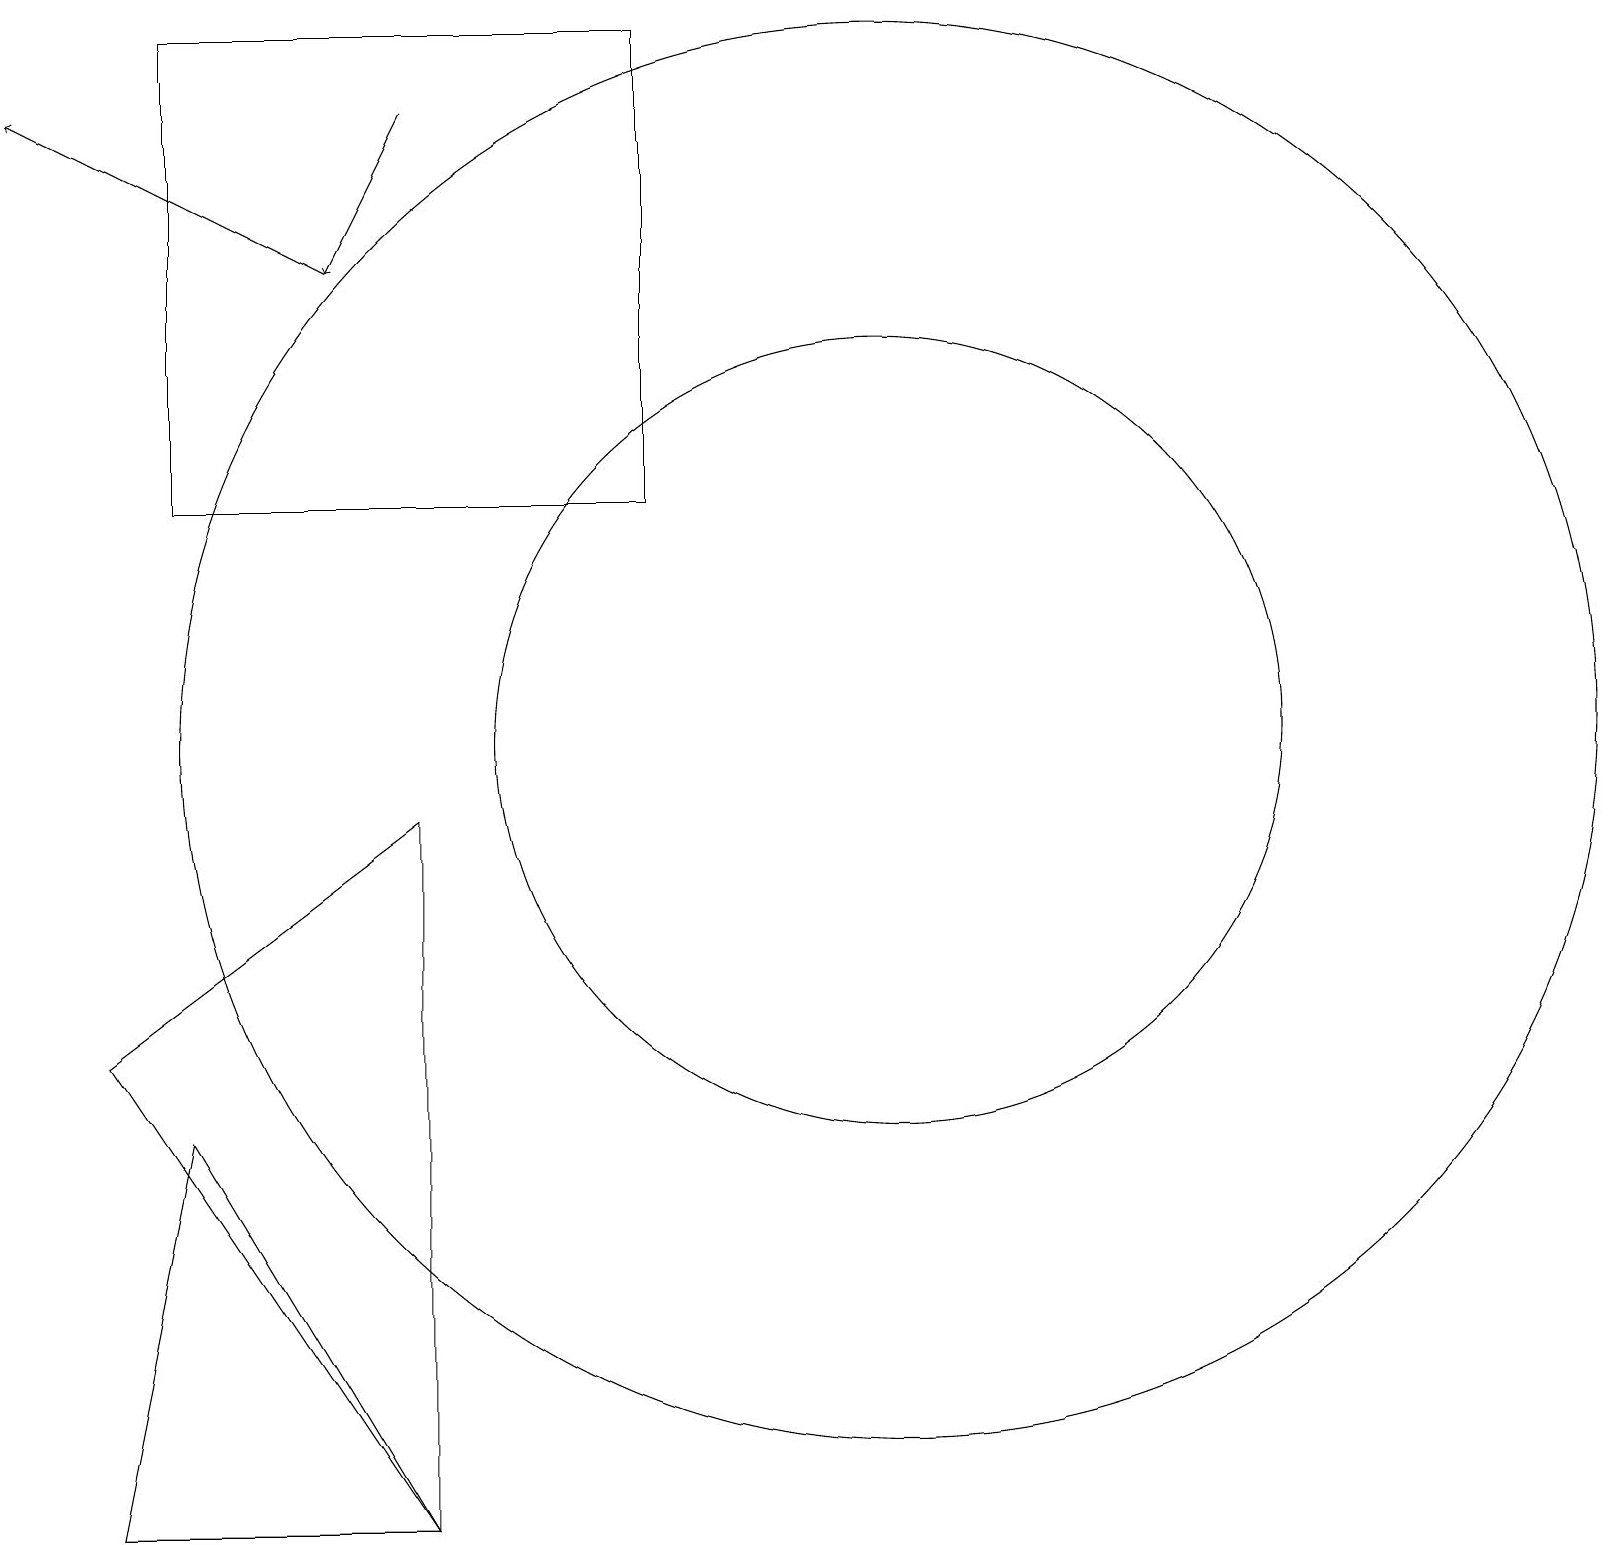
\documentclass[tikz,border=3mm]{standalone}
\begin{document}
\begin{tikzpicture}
\draw[->] (5,18) -- (4,16);
\draw[->] (4,16) -- (0,18);
\draw (10,10) circle (0);
\draw (11,10) circle (9);
\draw (5,0) -- (1,0) -- (2,5) -- cycle;
\draw (1,6) -- (5,0) -- (5,9) -- cycle;
\draw (11,10) circle (5);
\draw (8,19) rectangle (2,13);
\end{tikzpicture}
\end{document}